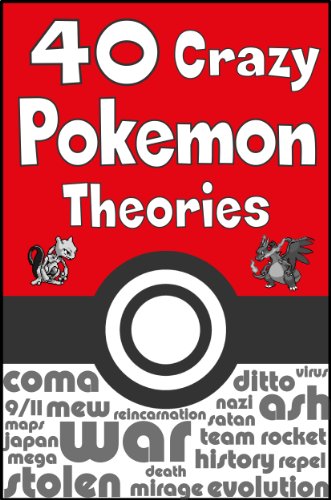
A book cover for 40 Crazy Pokemon Theories; Garrett Oden; Computers & Technology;